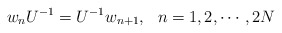
\begin{align*}w_nU^{-1}=U^{-1}w_{n+1},~~n=1,2,\cdots,2N\end{align*}